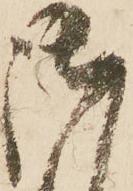
御